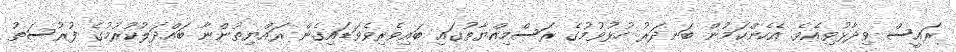
ރައީސް ވިދާޅުވިއެވެ. އެހެންކަމުން ބަނދަރު ހުޅުވުމުގެ ރަސްމިއްޔާތުގައި ބައިވެރިވެވަޑައިގެން ރައްޔިތުންނާ ބައްދަލުކުރުމުގެ ފުރުސަތު